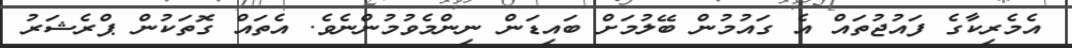
އެމެރިކާގެ ފައުޖުތައް އެ ގައުމުން ބޭލުމަށް ބައިޑަން ނިންމެވުމުންނެވެ. އެތައް ގޮތަކުން ޕްރެޝަރު